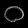
Digit: ၀